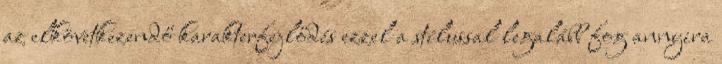
az elkövetkezendő karakterfejlődés ezzel a stílussal legalább fog annyira